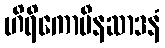
ဟိရိကောပီနဆာဒနံ